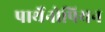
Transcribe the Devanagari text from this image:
पार्थेनोपियन